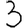
Digit: 3